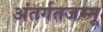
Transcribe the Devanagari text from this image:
अंतर्गतजम्मू